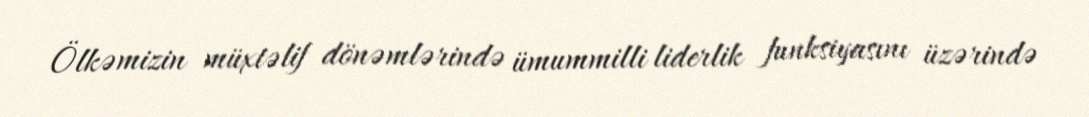
Ölkəmizin müxtəlif dönəmlərində ümummilli liderlik funksiyasını üzərində